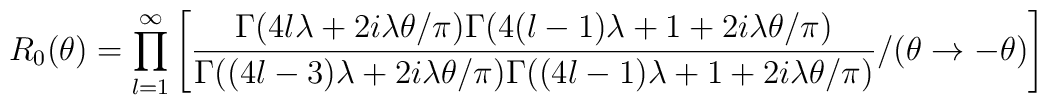
R_{0}(\theta )=\prod _{l=1}^{\infty }\left[ \frac{\Gamma (4l\lambda +2i\lambda \theta /\pi )\Gamma (4(l-1)\lambda +1+2i\lambda \theta /\pi )}{\Gamma ((4l-3)\lambda +2i\lambda \theta /\pi )\Gamma ((4l-1)\lambda +1+2i\lambda \theta /\pi )}/(\theta \to -\theta )\right]